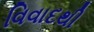
વિવાદથી